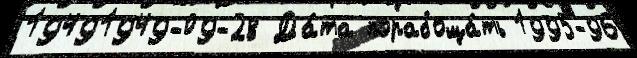
19491949-09-28 Да́та порабоща́ть 1995-96